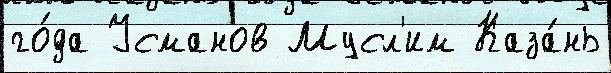
го́да Усманов Мусл'им Каза́нь